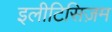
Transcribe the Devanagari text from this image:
इलीटिसिज़म